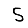
Digit: 5